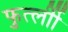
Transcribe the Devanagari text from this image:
फुर्त्लीी